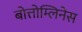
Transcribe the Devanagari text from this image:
बोत्तोम्लिनेस